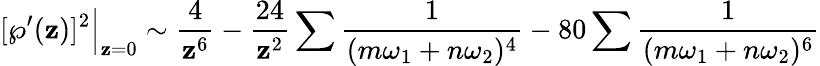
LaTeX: [\wp^{\prime}(\mathbf{z})]^{2}{\Big|}_{\mathbf{z}=0}\sim{\frac{{4}}{{\mathbf{z}^{6}}}}-{\frac{{24}}{{\mathbf{z}^{2}}}}\sum{\frac{{1}}{{(m\omega_{1}+n\omega_{2})^{4}}}}-80\sum{\frac{{1}}{{(m\omega_{1}+n\omega_{2})^{6}}}}